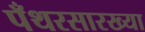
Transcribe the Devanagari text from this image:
पँथरसारख्या